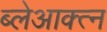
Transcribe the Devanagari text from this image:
ब्लेआक्त्न